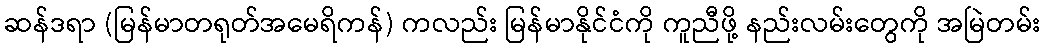
ဆန်ဒရာ (မြန်မာတရုတ်အမေရိကန်) ကလည်း မြန်မာနိုင်ငံကို ကူညီဖို့ နည်းလမ်းတွေကို အမြဲတမ်း